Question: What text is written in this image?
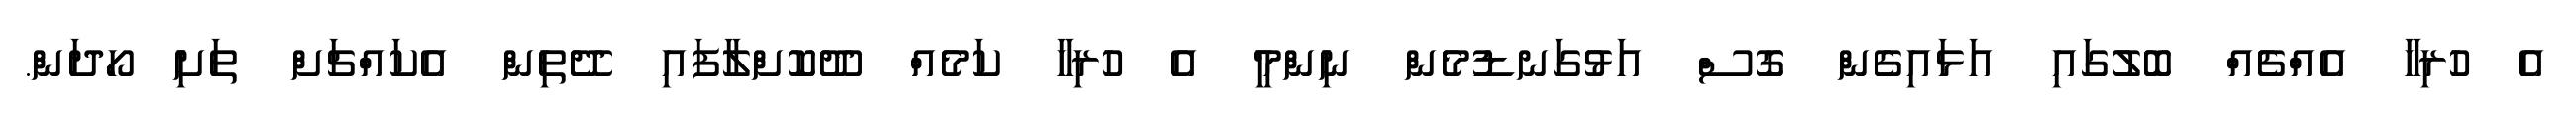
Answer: އެ ހުރިހާ އެއްޗެއް ބޮލުގައި އަޅައިގެން ގޮސް އަޅުގަނޑުމެން ނިންމީ އެ ހުރިހާ ކަމެއް ދޫކޮށްލާފައި ދޭތިން އެކައްޗަށް ތަށި ހޯދަން.